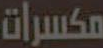
مكسرات